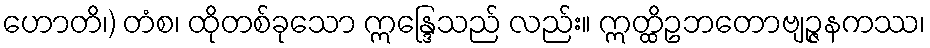
ဟောတိ၊) တံစ၊ ထိုတစ်ခုသော ဣန္ဒြေသည် လည်း။ ဣတ္ထိဥဘတောဗျဉ္ဇနကဿ၊